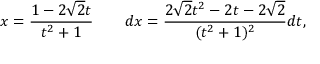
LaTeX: x = { \frac { 1 - 2 { \sqrt { 2 } } t } { t ^ { 2 } + 1 } } \qquad d x = { \frac { 2 { \sqrt { 2 } } t ^ { 2 } - 2 t - 2 { \sqrt { 2 } } } { ( t ^ { 2 } + 1 ) ^ { 2 } } } d t ,